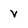
Character: v